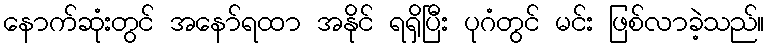
နောက်ဆုံးတွင် အနော်ရထာ အနိုင် ရရှိပြီး ပုဂံတွင် မင်း ဖြစ်လာခဲ့သည်။